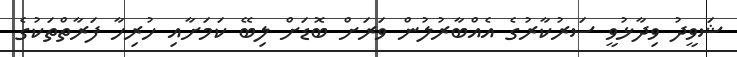
ޝަވީދު ވިދާޅުވީ ސަރުކާރުގެ އެއްބާރުލުން ވަރަށް ބޮޑަށް ލިބޭ ކަމަށާއި ހުރިހާ ފަރާތްތަކުގެ